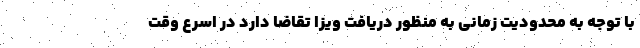
با توجه به محدودیت زمانی به منظور دریافت ویزا تقاضا دارد در اسرع وقت